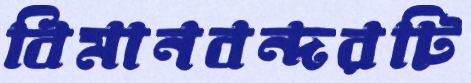
বিমানবন্দরটি